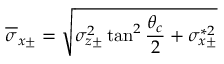
\overline { { \sigma } } _ { x \pm } = \sqrt { \sigma _ { z \pm } ^ { 2 } \tan ^ { 2 } \frac { \theta _ { c } } { 2 } + \sigma _ { x \pm } ^ { * 2 } }